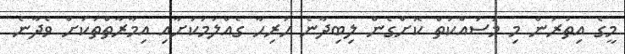
މީގެ އިތުރުން މި މަސައްކަތް ކޮށްގެން ލިބިދާނެ ހުރިހާ ގެއްލުމަކަށާއި އިމާރާތްތަކަށް ވެދާނެ